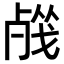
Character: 𣨦